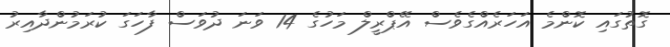
ގޮތުގައި ކޮންމެ އަހަރެއްގެވެސް އޭޕްރީލް މަހުގެ 14 ވަނަ ދުވަސް ފާހަގަ ކުރަމުންދާއިރު